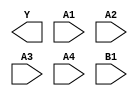
module sky130_fd_sc_hs__a41oi (
    Y ,
    A1,
    A2,
    A3,
    A4,
    B1
);

    output Y ;
    input  A1;
    input  A2;
    input  A3;
    input  A4;
    input  B1;

    // Voltage supply signals
    supply1 VPWR;
    supply0 VGND;

endmodule